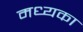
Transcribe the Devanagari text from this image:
मध्यका